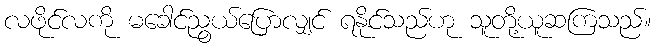
လဖိုင်လကို မခေါင်ညွယ်ပြောလျှင် ရနိုင်သည်ဟု သူတို့ယူဆကြသည်။